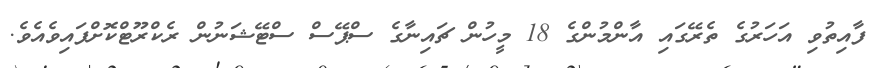
ފާއިތުވި އަހަރުގެ ތެރޭގައި އާންމުންގެ 18 މީހުން ޗައިނާގެ ސްޕޭސް ސްޓޭޝަނުން ރެކްރޫޓްކޮށްފައިވެއެވެ.